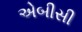
એબીસી